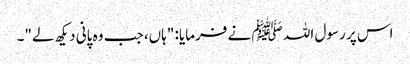
اس پر رسول اللہ ﷺ نے فرمایا: "ہاں، جب وہ پانی دیکھ لے"۔